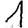
Digit: 1